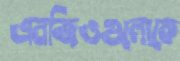
এনজিওগুলোকে